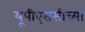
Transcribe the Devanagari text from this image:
यूपीएससीच्या